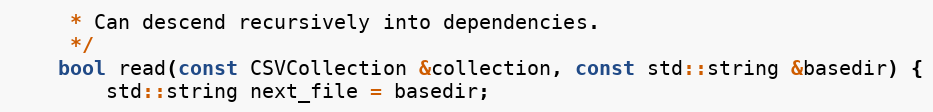
Language: C
	 * Can descend recursively into dependencies.
	 */
	bool read(const CSVCollection &collection, const std::string &basedir) {
		std::string next_file = basedir;